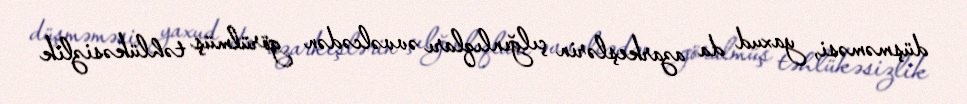
düşməməsi, yaxud da azarkeşlərin çılğınlıqları əvvəlcədən görülmüş təhlükəsizlik